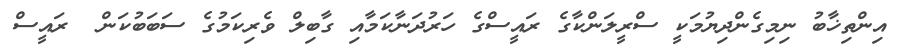
އިންތިޚާބު ނިމިގެންދިޔުމަކީ ސްރީލަންކާގެ ރައީސްގެ ހަރުދަނާކަމާއި ގާބިލް ވެރިކަމުގެ ސަބަބުކަން  ރައީސް